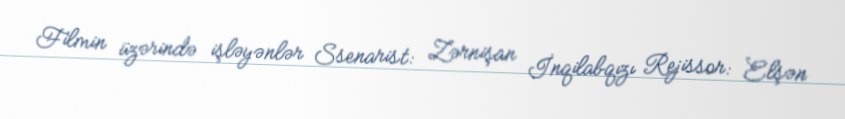
Filmin üzərində işləyənlər Ssenarist: Zərnişan İnqilabqızı Rejissor: Elşən